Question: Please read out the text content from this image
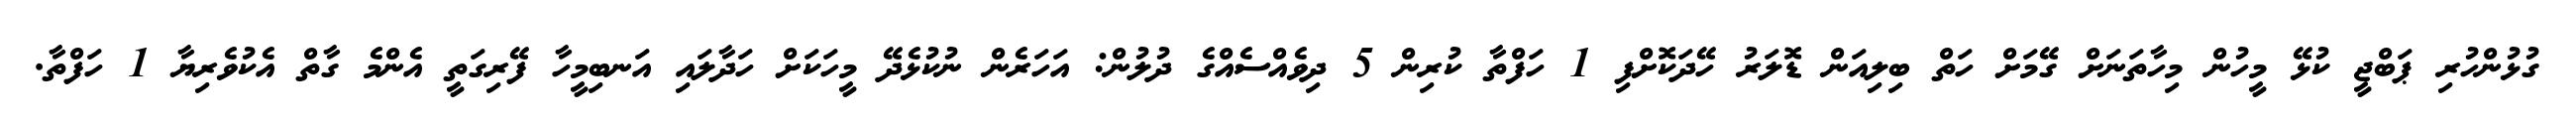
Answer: ގުޅުންހުރި ޕަބްޖީ ކުޅޭ މީހުން މިހާތަނަށް ގޭމަށް ހަތް ބިލިއަން ޑޮލަރު ހޭދަކޮށްފި 1 ހަފްތާ ކުރިން 5 ދިވެއްސެއްގެ ދުލުން: އަހަރެން ނުކުޅެދޭ މީހަކަށް ހަދާލައި އަނބިމީހާ ފޭރިގަތީ އެންމެ ގާތް އެކުވެރިޔާ 1 ހަފްތާ.